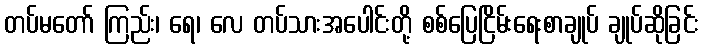
တပ်မတော် ကြည်း၊ ရေ၊ လေ တပ်သားအပေါင်းတို့ စစ်ပြေငြိမ်းရေးစာချုပ် ချုပ်ဆိုခြင်း